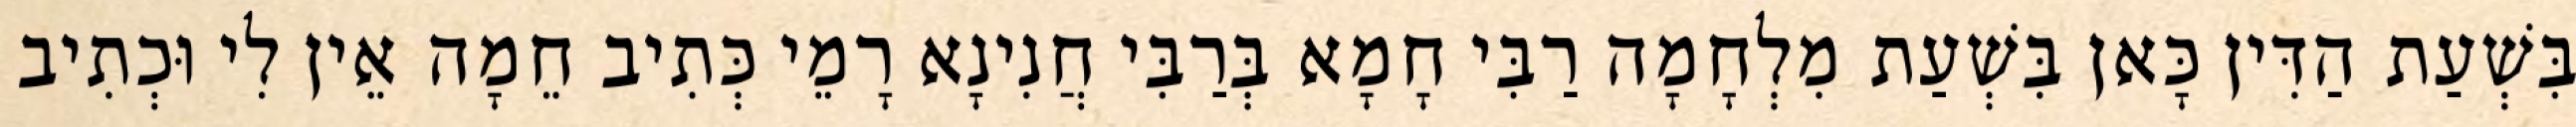
בִּשְׁעַת הַדִּין כָּאן בִּשְׁעַת מִלְחָמָה רַבִּי חָמָא בְּרַבִּי חֲנִינָא רָמֵי כְּתִיב חֵמָה אֵין לִי וּכְתִיב